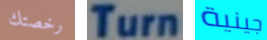
رخصتك Turn جينية